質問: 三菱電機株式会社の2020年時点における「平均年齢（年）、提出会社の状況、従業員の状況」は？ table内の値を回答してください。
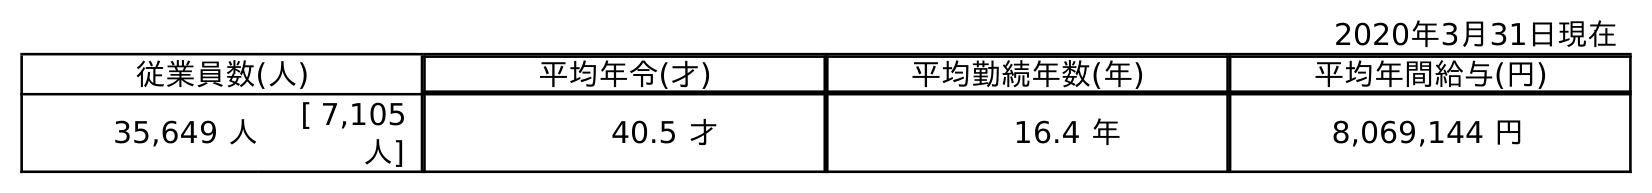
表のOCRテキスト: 2020年3月31日現在 従業員数(人) 平均年令(才) 平均勤続年数(年) 平均年間給与(円) 35,649 人 [ 7,105 人] 40.5 才 16.4 年 8,069,144 円
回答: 40.5才